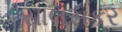
સાલસકર